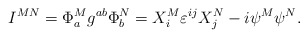
\begin{align*}I^{MN}=\Phi _a^Mg^{ab}\Phi _b^N=X_i^M\varepsilon ^{ij}X_j^N-i\psi ^M\psi ^N.\end{align*}